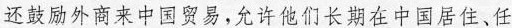
还鼓励外商来中国贸易，允许他们长期在中国居住、任